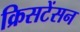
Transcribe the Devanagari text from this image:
क्रिसटेंसन